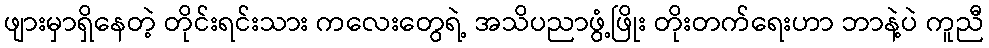
ဖျားမှာရှိနေတဲ့ တိုင်းရင်းသား ကလေးတွေရဲ့ အသိပညာဖွံ့ဖြိုး တိုးတက်ရေးဟာ ဘာနဲ့ပဲ ကူညီ